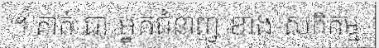
។ គាត់ ជា អ្នកជំនាញ ខាង សកិកម្ម